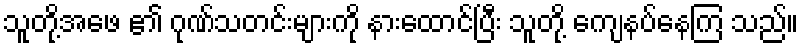
သူတို့အဖေ ၏ ဂုဏ်သတင်းများကို နားထောင်ပြီး သူတို့ ကျေနပ်နေကြ သည်။